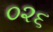
૦૨૬